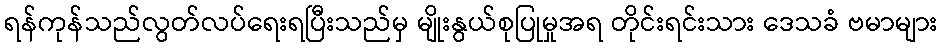
ရန်ကုန်သည်လွတ်လပ်ရေးရပြီးသည်မှ မျိုးနွယ်စုပြုမှုအရ တိုင်းရင်းသား ဒေသခံ ဗမာများ